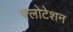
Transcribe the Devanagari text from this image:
फ्लोटेशन